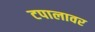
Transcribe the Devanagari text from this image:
टपालावर